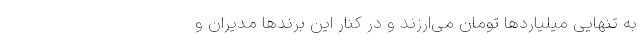
به تنهایی میلیارد‌ها تومان می‌ارزند و در کنار این برند‌ها مدیران و